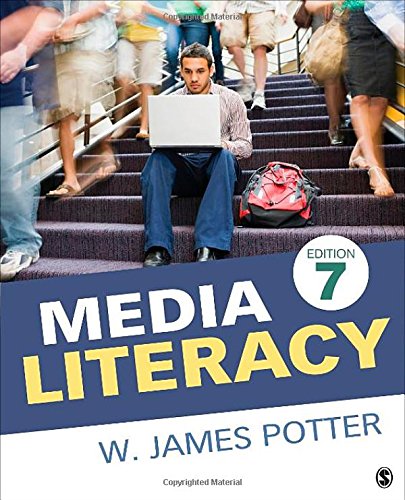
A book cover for Media Literacy; W. James Potter; Reference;